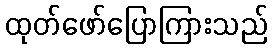
ထုတ်ဖော်ပြောကြားသည်